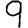
Digit: 9